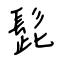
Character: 髭